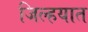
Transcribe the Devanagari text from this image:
जिल्‍हयात